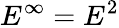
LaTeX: E^{\infty}=E^{2}